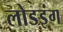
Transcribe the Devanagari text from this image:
लोडइंग